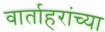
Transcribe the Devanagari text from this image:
वार्ताहरांच्या